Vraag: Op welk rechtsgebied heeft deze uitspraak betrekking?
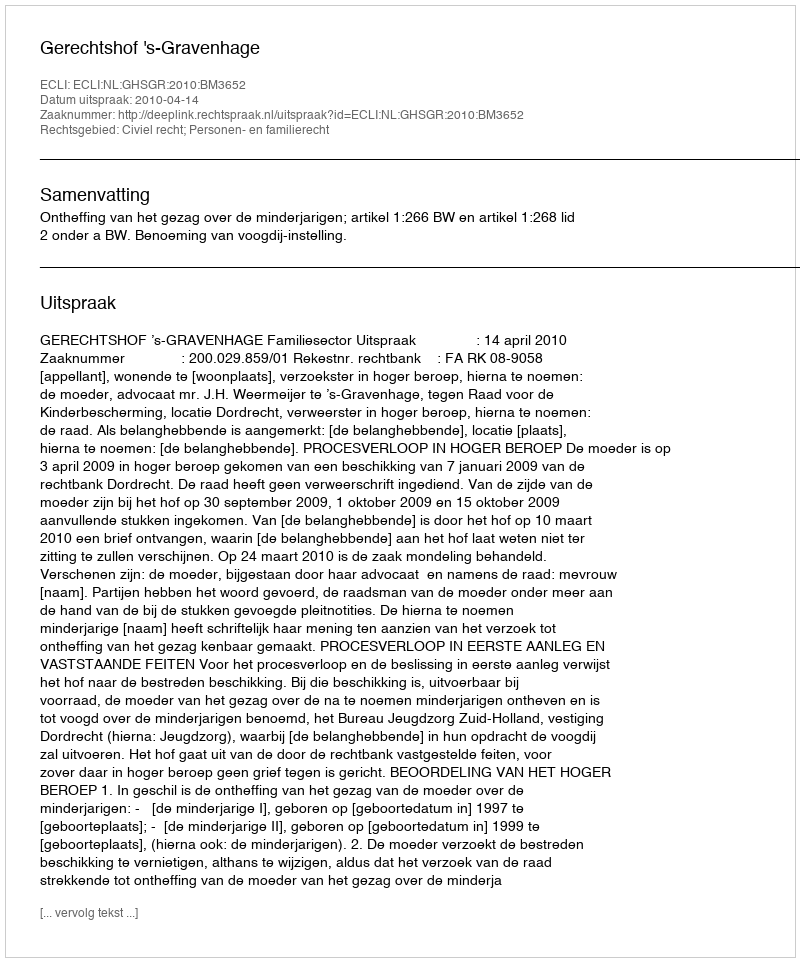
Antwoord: Civiel recht; Personen- en familierecht